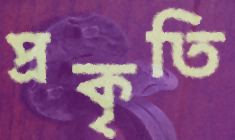
প্রকৃতি